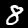
Digit: 8